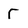
Character: r